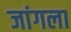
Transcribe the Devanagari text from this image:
जांगला